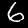
Label: 6